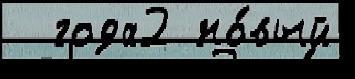
  года2 но́вый